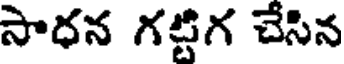
సాధన గట్టిగ చేసిన